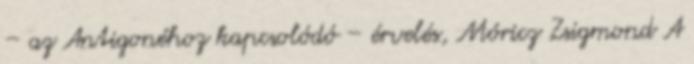
– az Antigonéhoz kapcsolódó – érvelés, Móricz Zsigmond A